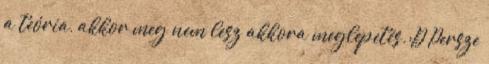
a teória, akkor meg nem lesz akkora meglepetés.:D Persze